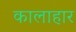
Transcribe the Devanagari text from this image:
कालाहार